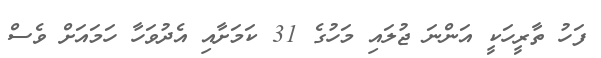
ފަހު ތާރީހަކީ އަންނަ ޖުލައި މަހުގެ 31 ކަމަށާއި އެދުވަހާ ހަމައަށް ވެސް